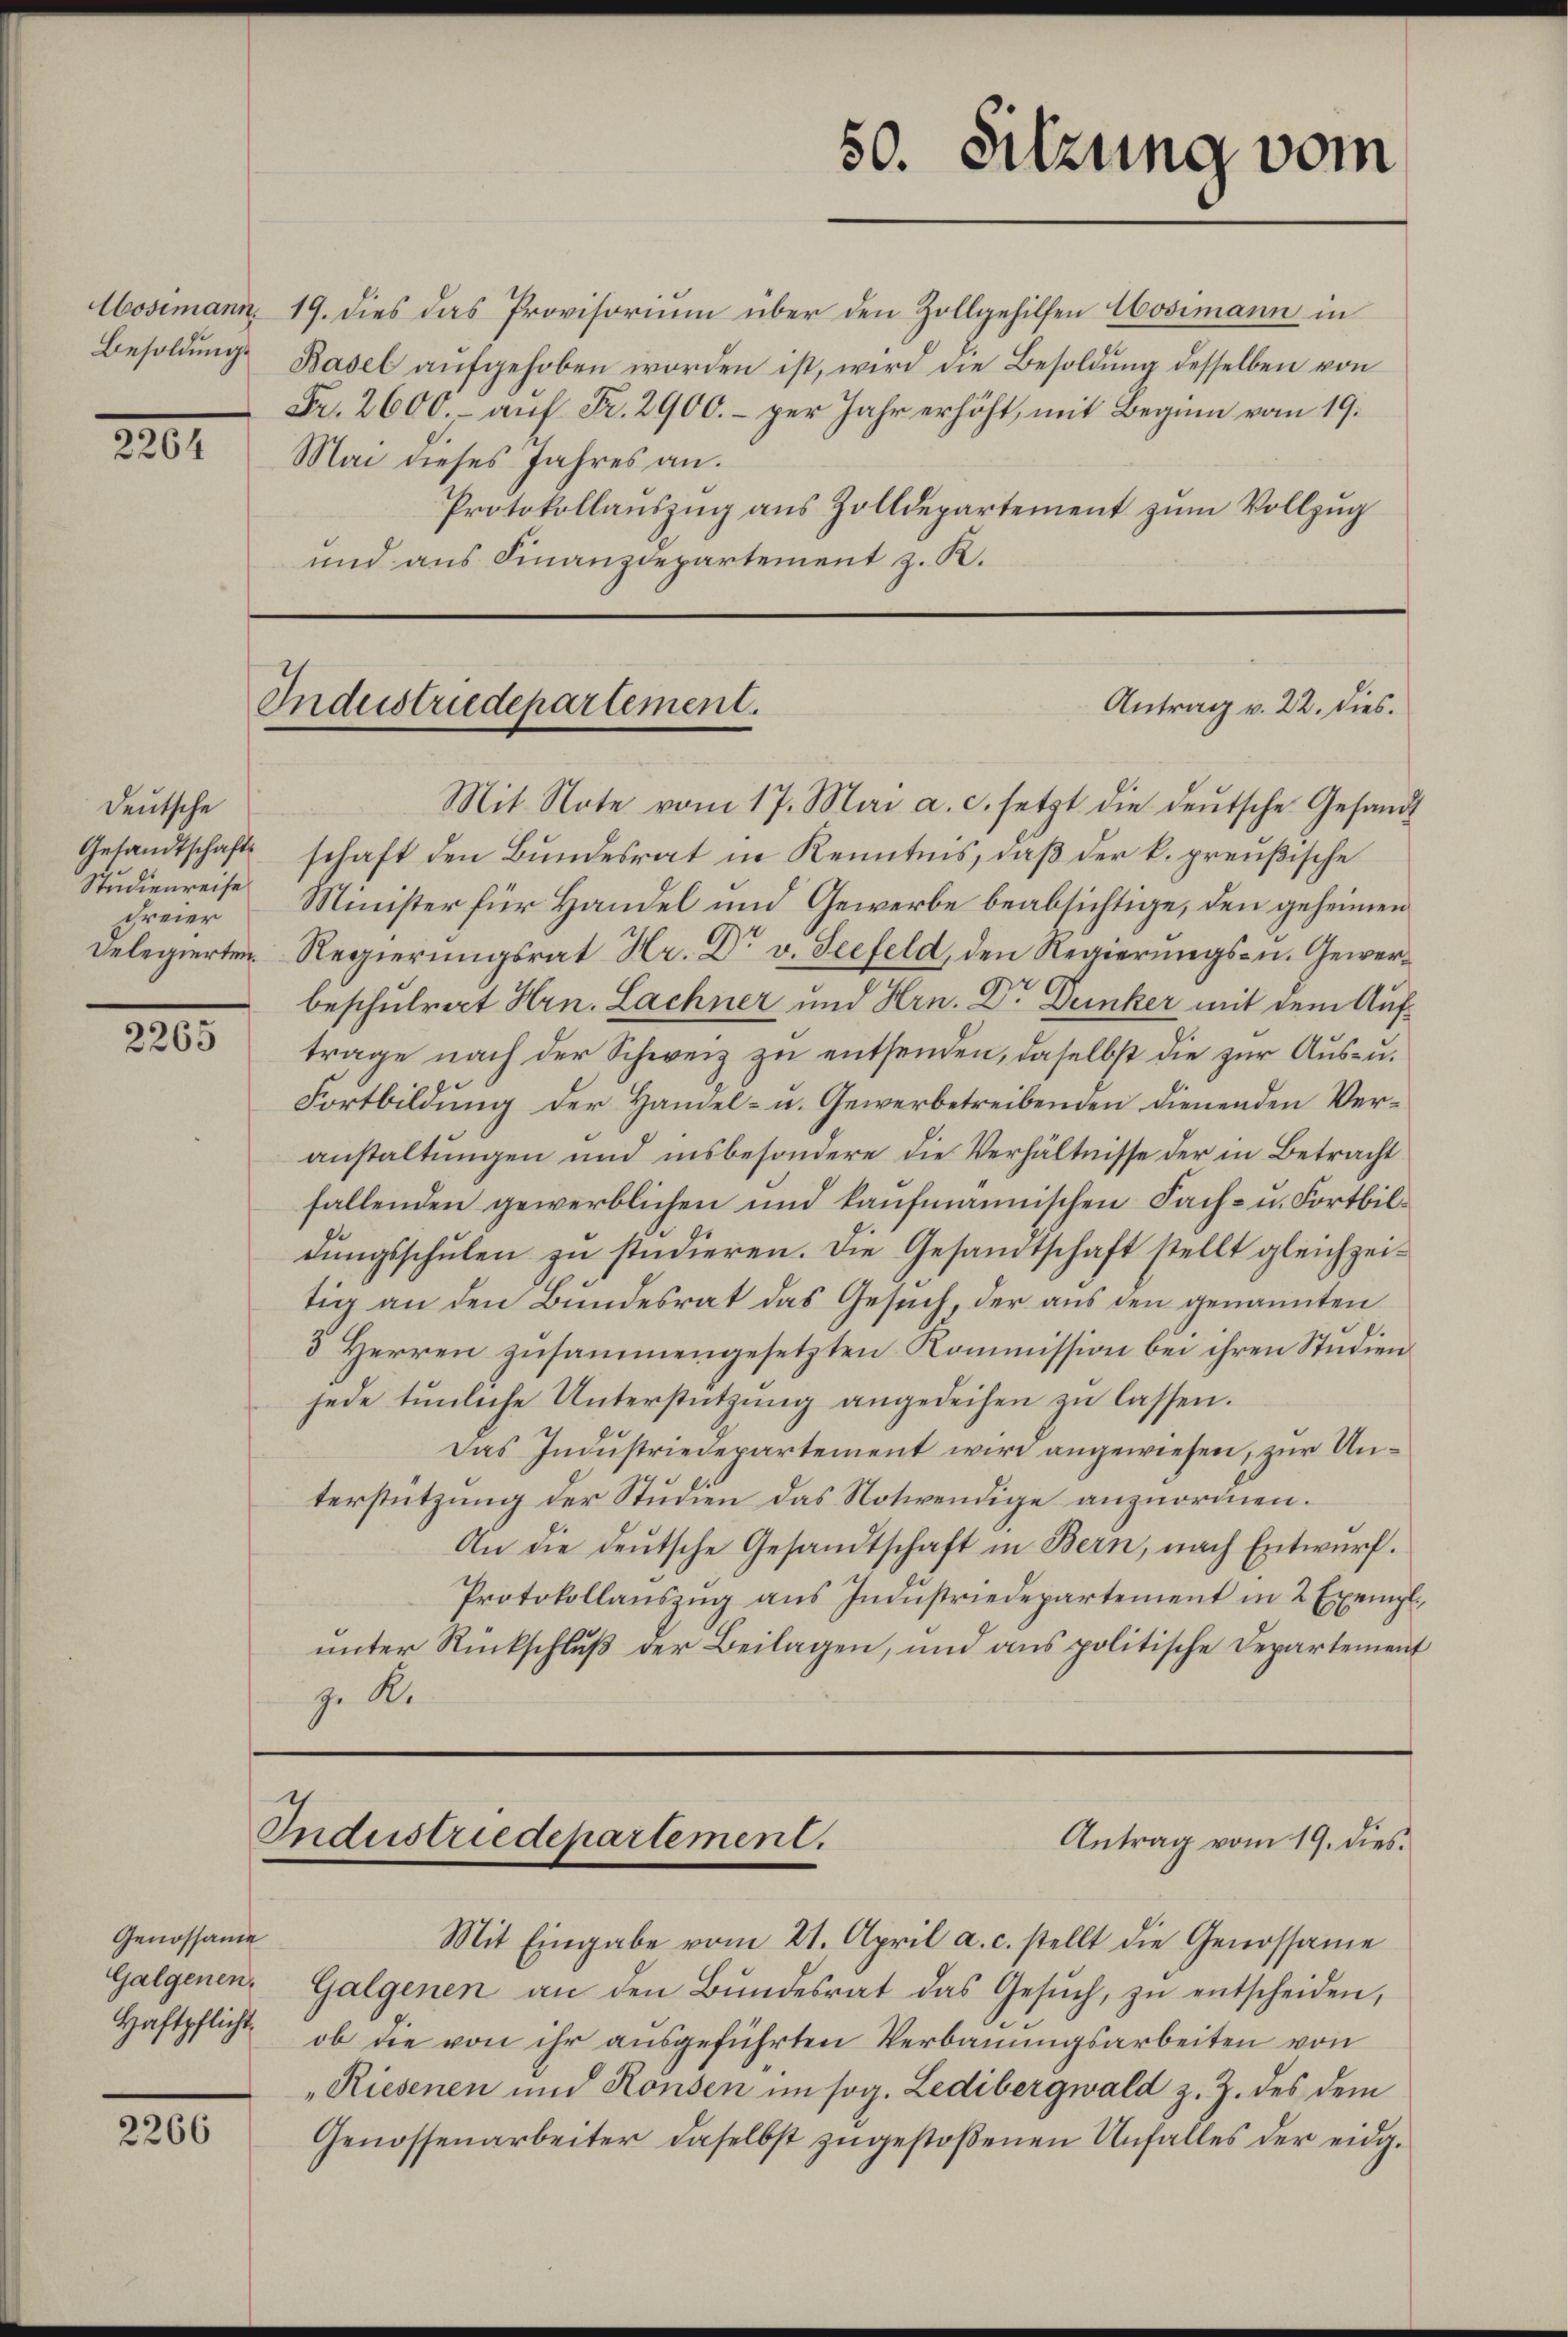
2201

Deutsche
Gesandtschafts
Studienreise
Freier

2265

Genossame
Galgenen.
Haftpflicht

2266

50. Sitzung vom

Antrag v. 22. dies.
Industriedepartement.

Aosimann 19. dies das Provisorium über den Zollgehilfen Mosimann in
Besoldŭng Basel aŭfgehoben worden ist, wird die Besoldŭng desselben von
Fr. 2600.- auf Fr. 2900.- per Jahr erhöht, mit Beginn vom 19.
Mai dieses Jahres an.
Protokollauszug aus Zolldepartement zŭm Vollzug
und aus Finanzdepartement z. R.

Mit. Note vom 17. Mai a. c. setzt die deŭtsche Gesandt
schaft den Bundesrat in Kenntnis, daß der k. preußische
Minister für Handel und Gewerbe beabsichtige, den geheimen
Delegierten Regierungsrat Hr. Dr v. Seefeld, den Regierungs- u. Gewerbeschulrat Hrn. Lachner und Hrn. Dr. Denker mit dem Auftrage nach der Schweiz zu entsenden, daselbst die zur Aus- u.
Fortbildung der Handel- u. Gewerbetreibenden dienenden Veranstaltungen und insbesondere die Verhältnisse der in Betracht
fallenden gewerblichen und kaufmannischen Fach- u. Fortbildŭngsschŭlen zu studieren. Die Gesandtschaft stellt gleichzeitig an den Bundesrat das Gesuch, der aus den genannten
5 Herren zusammengesetzten Kommission bei ihren Studien
jede tunliche Unterstützung angedeihen zu lassen.
Das Industriedepartement wird angewiesen, zur Unterstützung der Studien das Notwendige anzuordnen.
An die deŭtsche Gesandtschaft in Bern, nach Entwŭrf.
Protokollanszŭg aŭs Indŭstriedepartement in 2 Exemplunter Rückschluß der Beilagen, und aus politische Departement
z. R.

Industriedepartement.
Antrag vom 19. dies

Galgenen an den Bŭndesrat das Gesŭch, zŭ entscheiden,
ob die von ihr ausgeführten Verbauungsarbeiten von
„Riesenen und Ronsen im sog. Ledibergwald z. Z. des dem
Genossenarbeiter daselbst zugestoßenen Unfalles der eidg.

Mit Eingabe vom 21. April a. c. stellt die Genossame